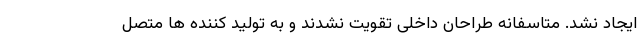
ایجاد نشد. متاسفانه طراحان داخلی تقویت نشدند و به تولید کننده ها متصل